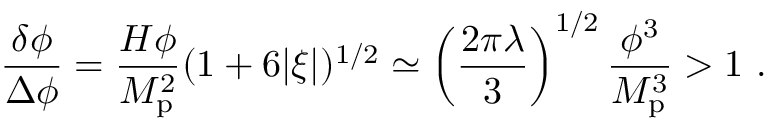
{ \frac { \delta \phi } { \Delta \phi } } = { \frac { H \phi } { M _ { \mathrm { p } } ^ { 2 } } } ( 1 + 6 | \xi | ) ^ { 1 / 2 } \simeq \left( { \frac { 2 \pi \lambda } { 3 } } \right) ^ { 1 / 2 } { \frac { \phi ^ { 3 } } { M _ { \mathrm { p } } ^ { 3 } } } > 1 \ .